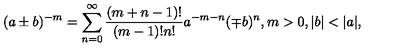
( a \pm b ) ^ { - m } = \sum _ { n = 0 } ^ { \infty } \frac { ( m + n - 1 ) ! } { ( m - 1 ) ! n ! } a ^ { - m - n } ( \mp b ) ^ { n } , m > 0 , | b | < | a | ,